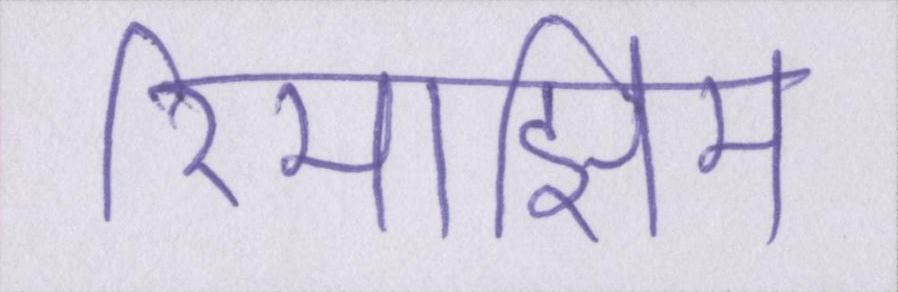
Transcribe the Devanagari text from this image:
रिमझिम